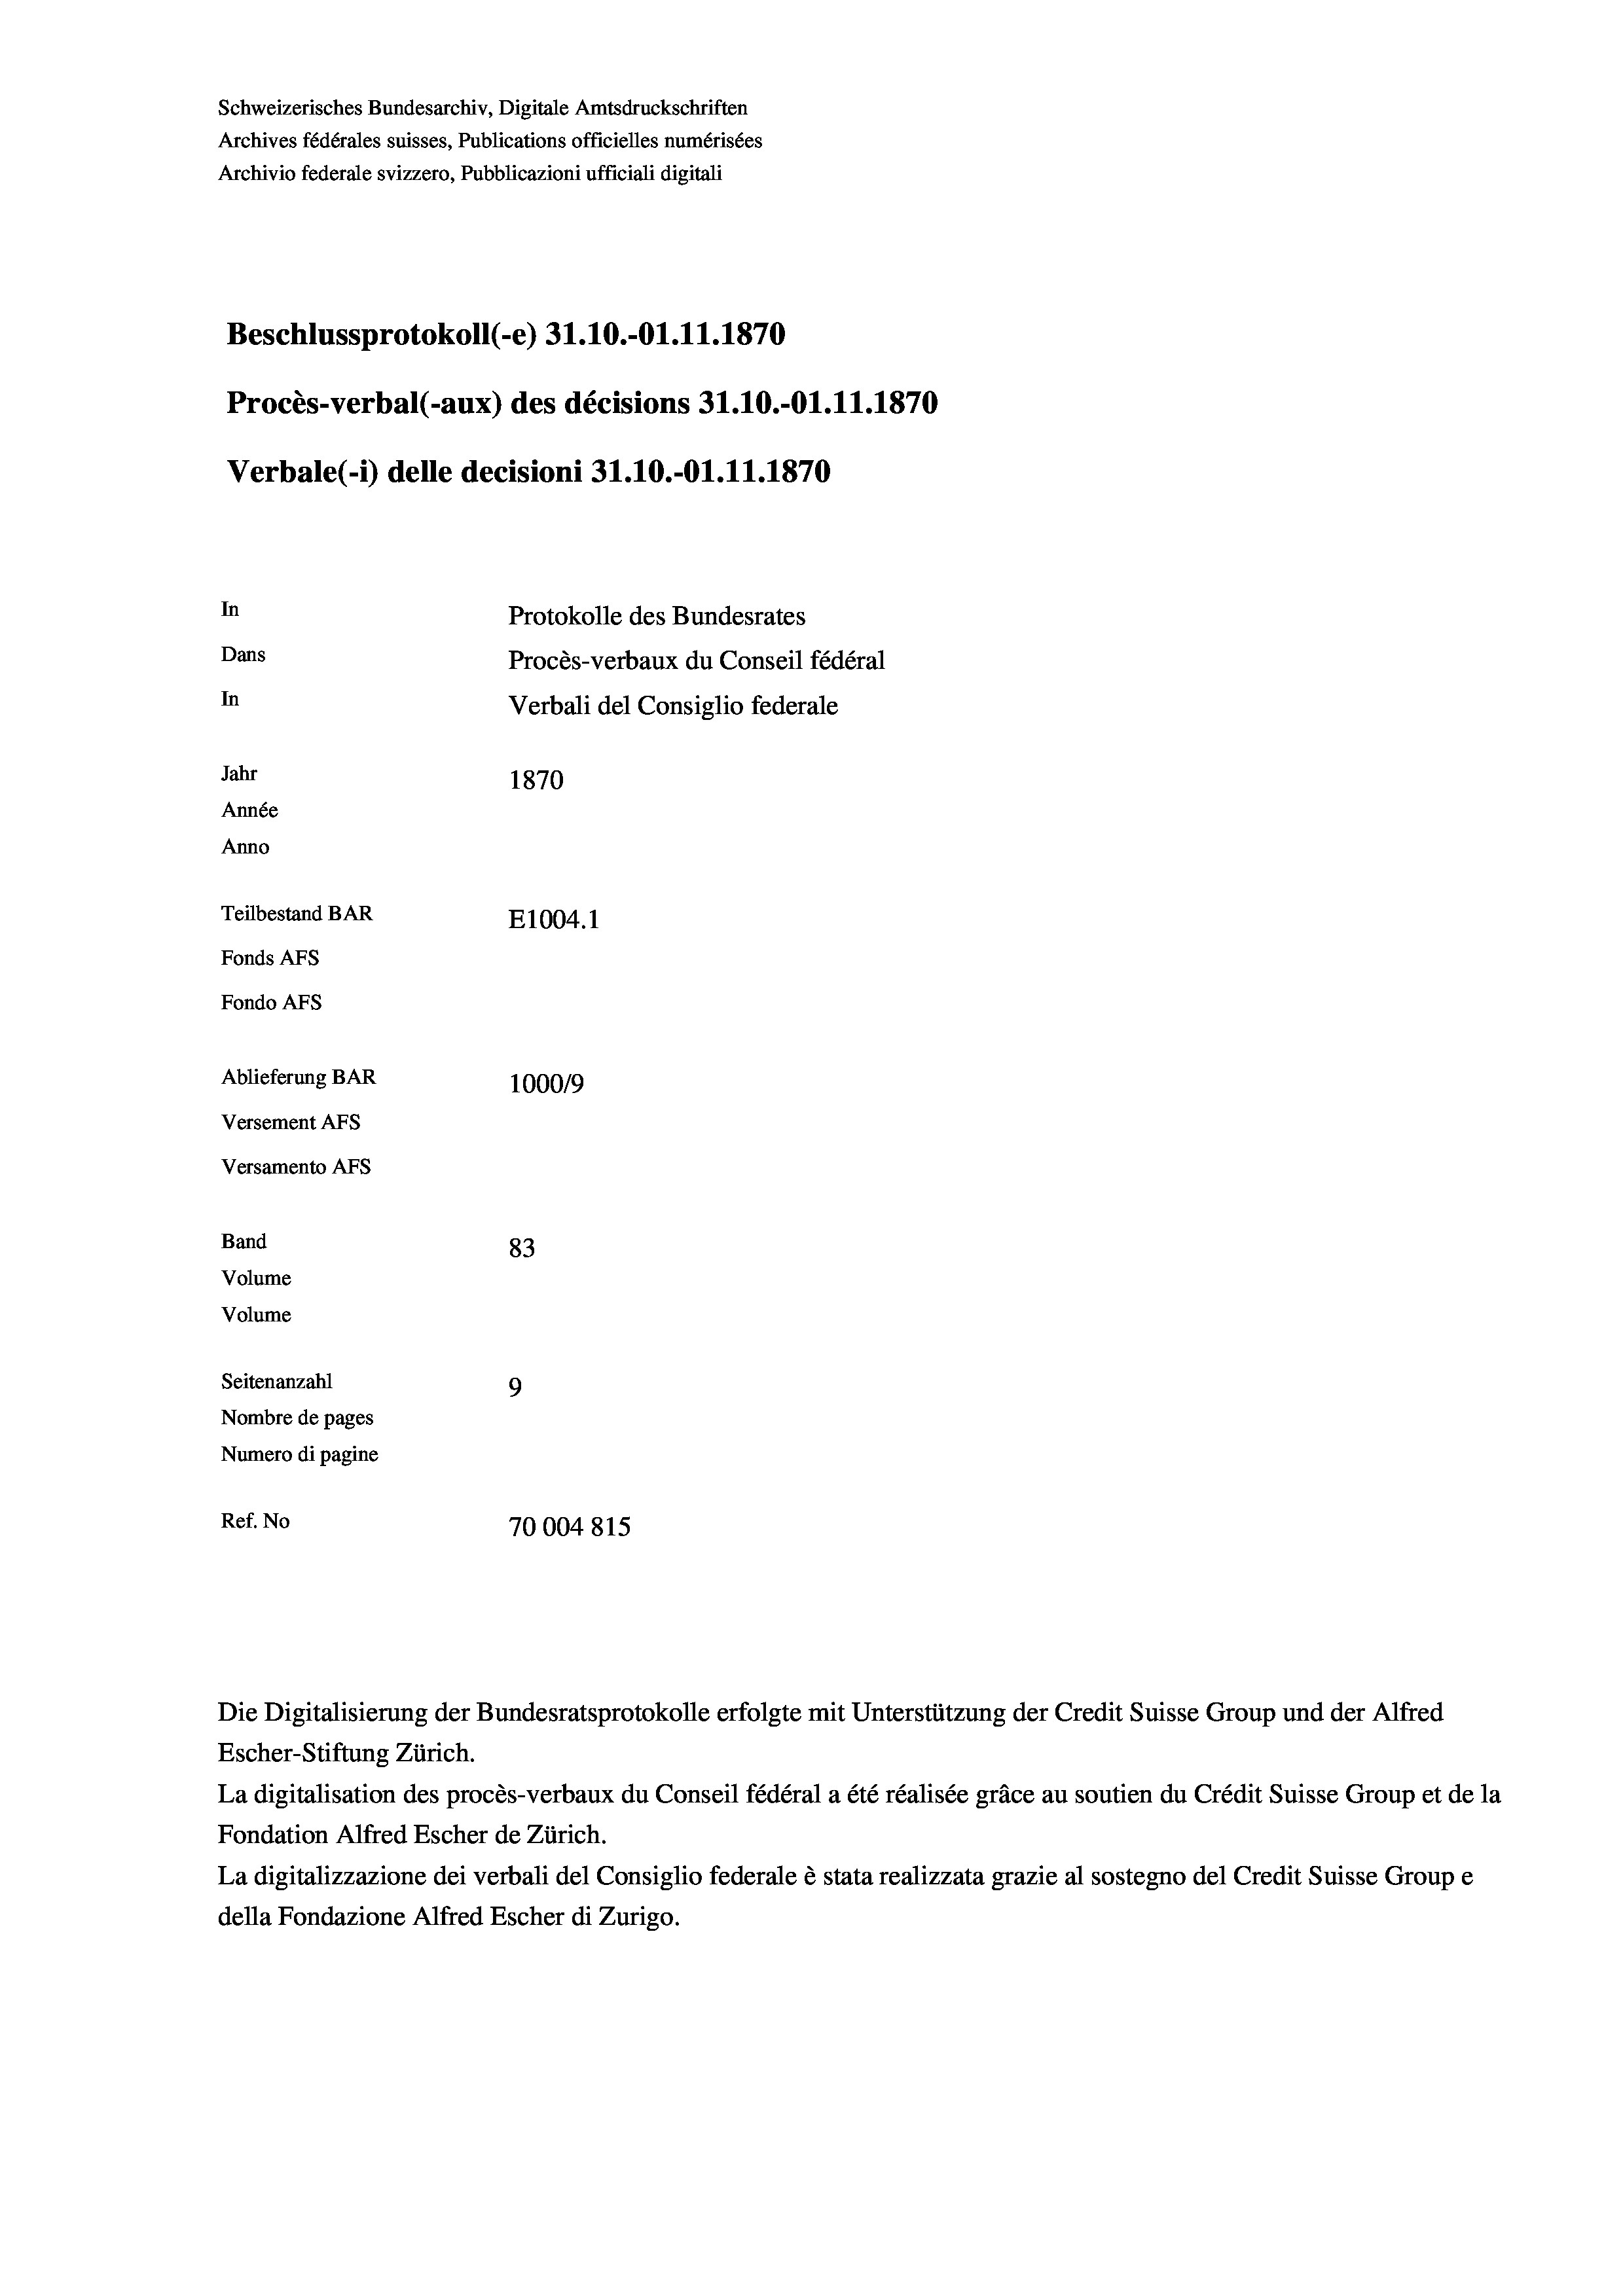
Schweizerisches Bundesarchiv, Digitale Amtsdruckschriften
Archives fédérales suisses, Publications officielles numérisées
Archivio federale svizzero, Pubblicazioni ufficiali digitali
Beschlussprotokoll (-e) 31.10.-O1.11.1870
Procès-verbal (-aux) des décisions 31.10.-O1.11.1870
Verbale(-*) delle decisioni 31.10.-O1.11.1870
In
Protokolle des Bundesrates
Dans
Procès-verbaux du Conseil fédéral
In
Verbali del Consiglio federale
Jahr
1870
Année
Anno
Teilbestand BAR
E1004. 1
Fonds AFs
Fondo AFs
Ablieferung BAR
100019
Versement AFs
Versamento AFs
Band
83
Volume
Volume
Seitenanzahl
9
Nombre de pages
Numero di pagine
Ref. No
70004815

Die Digitalisierung der Bundesratsprotokolle erfolgte mit Unterstützung der Credit Suisse Group und der Alfred
Escher-Stiftung Zürich.
La digitalisation des procès-verbaux du Conseil fédéral a été réalisée gräce au soutien du Crédit Suisse Group et de la
Fondation Alfred Escher de Zürich.
La digitalizzazione dei verbali del Consiglio federale è stata realizzata grazie al sostegno del Credit Suisse Groupe
della Fondazione Alfred Escher di Zurigo.